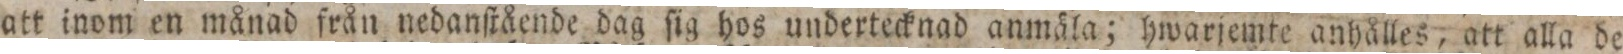
att inom en månad från nedanſtående dag ſig hos undertecknad anmäla; hwarjemte anhålles, att alla de